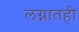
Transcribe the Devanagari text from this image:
लग्नातही